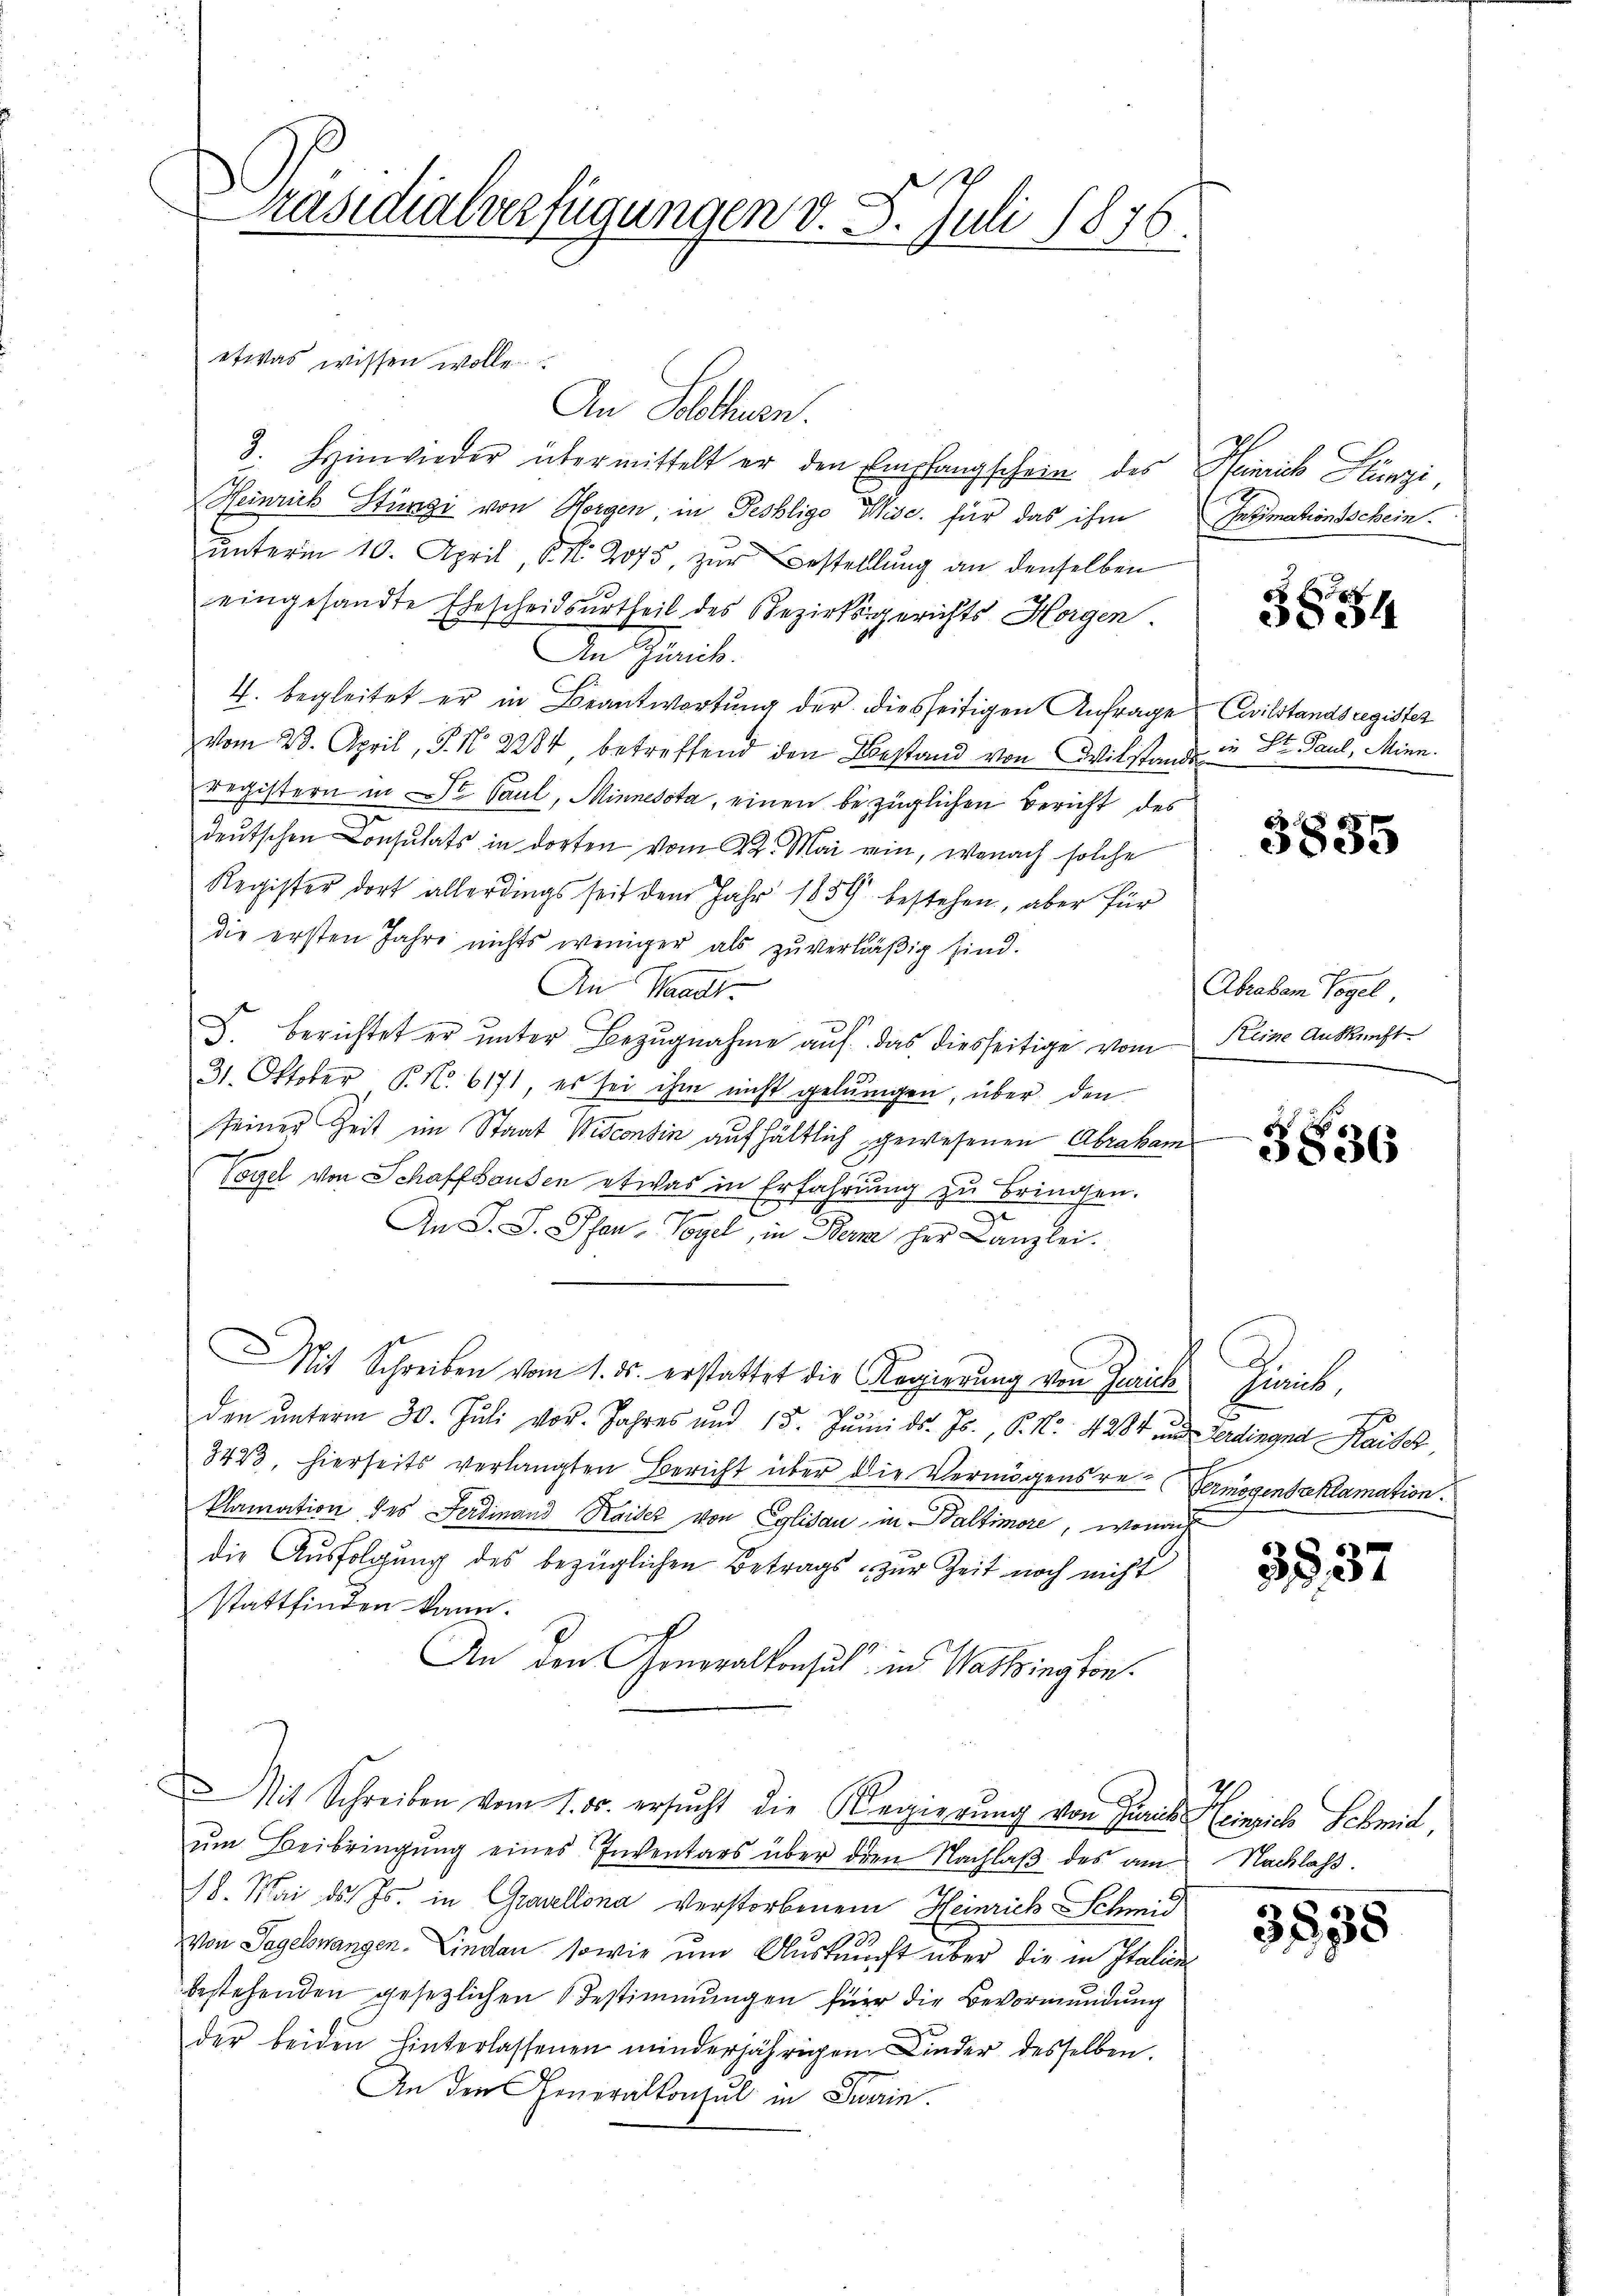
Präsidialverfügungen v. 8. Juli 1876.

etwas wissen wolle
An Solothurn.
3. Hinwieder übermittelt er den Empfangschein des Heinrich Stünzi
Heinrich Stünzi von Horgen, in Peshlige Wisc. für das ihm
unterm 10. April, N. N. 2075, zŭr Bestellung an denselben
eingesandte Ehescheidsurtheil des Bezirksgerichts Horgen.
5
An Zürich.
4. begleitet er in Beantwortung der diesseitigen Anfrage
vom 23. April, S. N. 2284 betreffend den Bestand von Wilstande in St. Paul, Mini
registern in St. Paul, Minnesota, einen bezüglichen Bericht des
deutschen Consulats in dorten vom 22. Mai ein, wonach solche
Register dort allerdings seit dem Jahr 1859 bestehen, aber für
die ersten Jahre nichts weniger als zŭ verläβig sind.
An Waadt
V. Berichtet er unter Bezugnahme auf das diesseitige vom Reine Auskunft
31. Oktober P. N. 6171, es sei ihm nicht gelungen, über den
seiner Zeit im Staat Wiscontin aufhältlich gewesenen Abraham
Vogel von Schaffhausen etwas in Erfahrung zu bringen.
An S. S. Pfen, Vogel, in Berne her Canzlei.
Mit Schreiben vom 1. ds. erstattet die Regierung von Zürich Zürich,
den ŭnterm 30. Jŭli vor. Jahres und 15. Jŭni d. Js., P. Nr. 4284 und Zerdingna Kaiser,
3423, hierseits verlangten Bericht über die Vermögensre-Vermögensaklamation.
klamation des Ferdinand Kaiser von Eglisau in Baltimore, wonach
die Ausfolgung des bezüglichen Betrags zur Zeit noch nicht
stattfinden kann.
An den Generalkonsul in Washington¬
Mit Schreiben vom 1. ds. ersucht die Regierung von Juris Heinrich Schmid
ŭm Beibringŭng eines Inventars über dien Nachlaβ des am Nachlaß.
18. Mai d. Js. in Gravellona verstorbenem Heinrich Schmid
von Segelswangen. Lindau, sowie und Auskaucht über die in Italien
bestehenden gesezlichen Bestimmungen für die Bevormundung
der beiden hinterlassenen minderjährigen Kinder desselben.
An den Generalkonsul in Suerin.

Intimationsschein.

3834

Civilstandsregister

3835

Abraben Vogel

5836

A

3837

3538